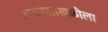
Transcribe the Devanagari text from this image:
अन्नसाखळीला